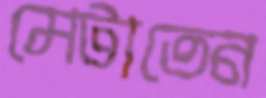
মেটাতেন